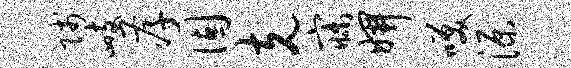
贱峙孝固克寐妍笑源